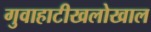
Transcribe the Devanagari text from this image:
गुवाहाटीखलोखाल